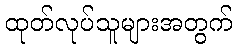
ထုတ်လုပ်သူများအတွက်